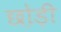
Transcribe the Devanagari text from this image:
छो़ड़ी